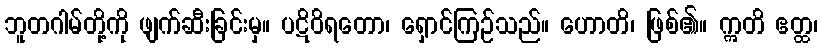
ဘူတဂါမ်တို့ကို ဖျက်ဆီးခြင်းမှ။ ပဋိဝိရတော၊ ရှောင်ကြဉ်သည်။ ဟောတိ၊ ဖြစ်၏။ ဣတိ ဧတ္ထ၊